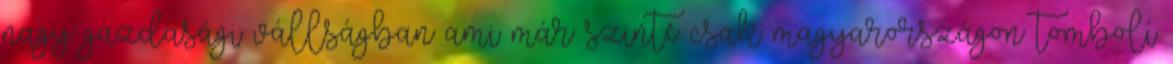
nagy gazdasági vállságban ami már szinte csak magyarországon tombolí